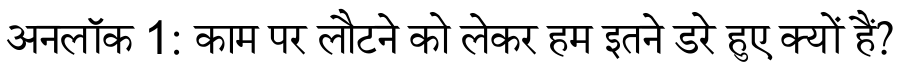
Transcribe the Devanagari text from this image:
अनलॉक 1: काम पर लौटने को लेकर हम इतने डरे हुए क्यों हैं?